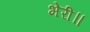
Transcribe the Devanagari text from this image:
भेरी॥